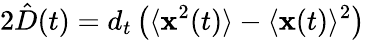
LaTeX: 2\hat{D}(t)=d_{t}\left(\langle\mathbf{x}^{2}(t)\rangle-\langle\mathbf{x}(t)\rangle^{2}\right)